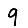
Digit: 9